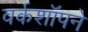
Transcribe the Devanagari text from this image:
वर्कशॉपने